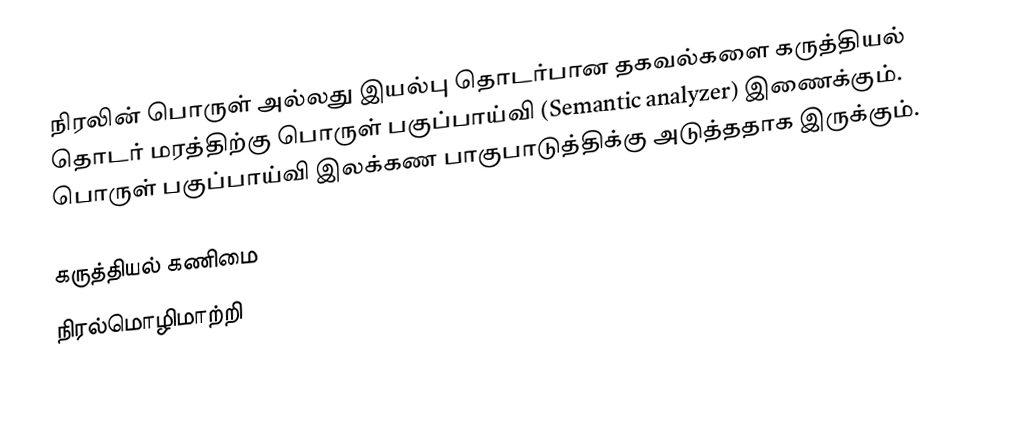
நிரலின் பொருள் அல்லது இயல்பு தொடர்பான தகவல்களை கருத்தியல் தொடர் மரத்திற்கு பொருள் பகுப்பாய்வி (Semantic analyzer) இணைக்கும்.  பொருள் பகுப்பாய்வி இலக்கண பாகுபாடுத்திக்கு அடுத்ததாக இருக்கும்.

கருத்தியல் கணிமை
நிரல்மொழிமாற்றி